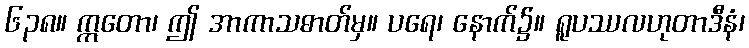
၆၃၈။ ဣတော၊ ဤ အာကာသဓာတ်မှ။ ပရေ၊ နောက်၌။ ရူပဿလဟုတာဒီနံ၊